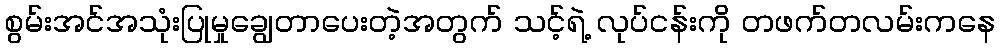
စွမ်းအင်အသုံးပြုမှုချွေတာပေးတဲ့အတွက် သင့်ရဲ့ လုပ်ငန်းကို တဖက်တလမ်းကနေ